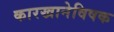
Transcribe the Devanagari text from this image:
कारखानेविषक